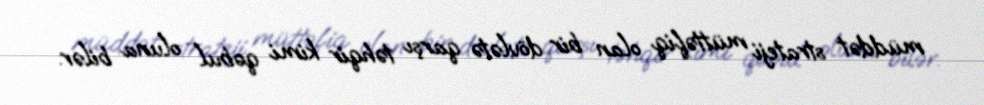
müddət strateji müttəfiq olan bir dövlətə qarşı təhqir kimi qəbul oluna bilər.